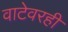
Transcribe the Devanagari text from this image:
वाटेवरही